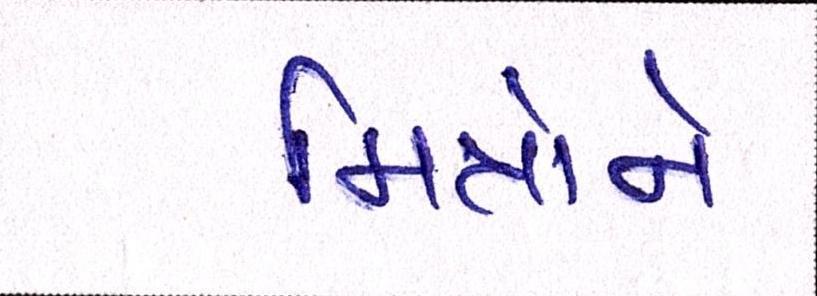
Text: મિત્રોને